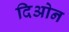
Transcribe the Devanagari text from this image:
दिओन